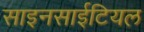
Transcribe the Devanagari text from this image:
साइनसाईटियल